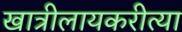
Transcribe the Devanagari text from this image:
खात्रीलायकरीत्या